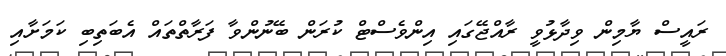
ރައީސް ޔާމިން ވިދާޅުވީ ރާއްޖޭގައި އިންވެސްޓް ކުރަން ބޭނުންވާ ފަރާތްތައް އެބަތިބި ކަމަށާއި